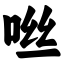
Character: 咝